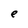
Character: e